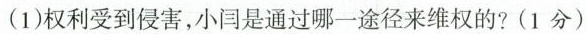
(1)权利受到侵害，小是通过哪一途径来维权的?(1分)